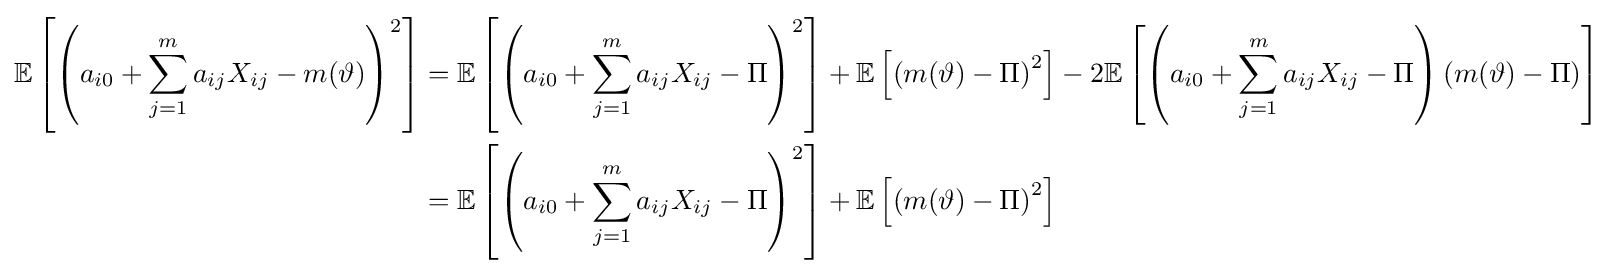
{\begin{aligned}\mathbb {E} \left[\left(a_{i0}+\sum _{j=1}^{m}a_{ij}X_{ij}-m(\vartheta )\right)^{2}\right]&=\mathbb {E} \left[\left(a_{i0}+\sum _{j=1}^{m}a_{ij}X_{ij}-\Pi \right)^{2}\right]+\mathbb {E} \left[\left(m(\vartheta )-\Pi \right)^{2}\right]-2\mathbb {E} \left[\left(a_{i0}+\sum _{j=1}^{m}a_{ij}X_{ij}-\Pi \right)\left(m(\vartheta )-\Pi \right)\right]\\&=\mathbb {E} \left[\left(a_{i0}+\sum _{j=1}^{m}a_{ij}X_{ij}-\Pi \right)^{2}\right]+\mathbb {E} \left[\left(m(\vartheta )-\Pi \right)^{2}\right]\end{aligned}}